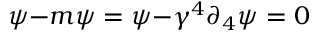
\not { D } \psi - m \psi = \not { D } \psi - \gamma ^ { 4 } \partial _ { 4 } \psi = 0